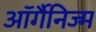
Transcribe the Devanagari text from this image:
ऑर्गैनिज्म